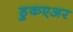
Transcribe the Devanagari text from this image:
ड्रुकएअर